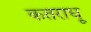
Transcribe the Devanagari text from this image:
कतराधू